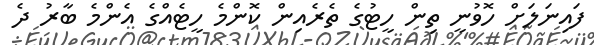
ފައިނަލަށް ހޮވުނީ ތިން ހީޓުގެ ތެރެއިން ކޮންމެ ހީޓެއްގެ އެންމެ ބާރު ދެ